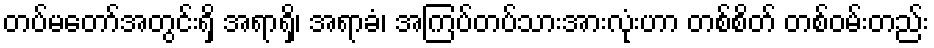
တပ်မတော်အတွင်းရှိ အရာရှိ၊ အရာခံ၊ အကြပ်တပ်သားအားလုံးဟာ တစ်စိတ် တစ်ဝမ်းတည်း